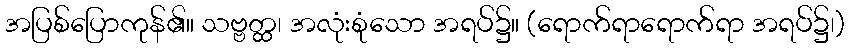
အပြစ်ပြောကုန်၏။ သဗ္ဗတ္ထ၊ အလုံးစုံသော အရပ်၌။ (ရောက်ရာရောက်ရာ အရပ်၌၊)